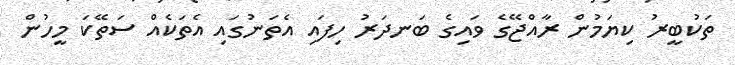
ތަކުބީރު ކިޔަމުން ރާއްޖޭގެ ވައިގެ ބަނދަރު ހިފައި އެތަނުގައި އެތަކެއް ސަތޭކަ މީހުން